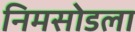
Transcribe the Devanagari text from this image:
निमसोडला